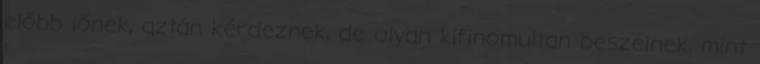
előbb lőnek, aztán kérdeznek, de olyan kifinomultan beszélnek, mint